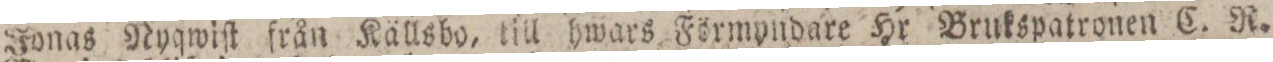
Jonas Nyqwiſt från Källsbo, till hwars Förmyndare Hr Brukspatronen C. R.